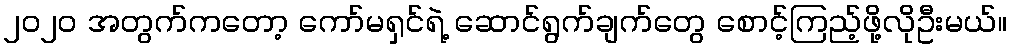
၂၀၂၀ အတွက်ကတော့ ကော်မရှင်ရဲ့ ဆောင်ရွက်ချက်တွေ စောင့်ကြည့်ဖို့လိုဦးမယ်။